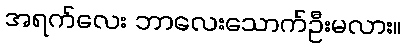
အရက်လေး ဘာလေးသောက်ဦးမလား။